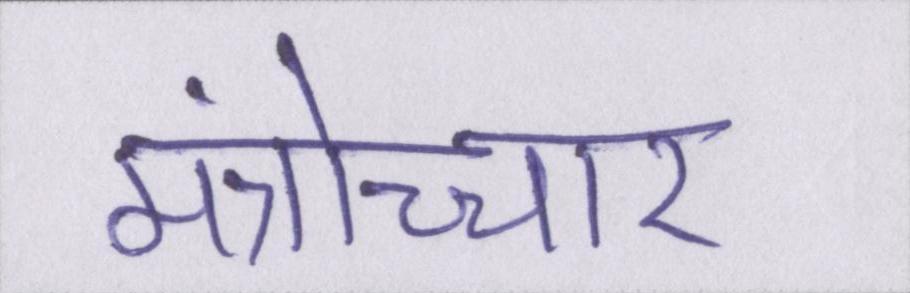
मंत्रोच्चार